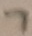
Text: 7